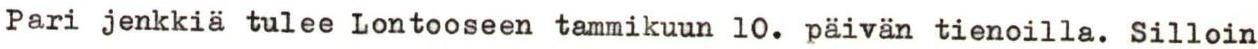
Pari jenkkiä tulee Lontooseen tammikuun 10. päivän tienoilla. Silloin